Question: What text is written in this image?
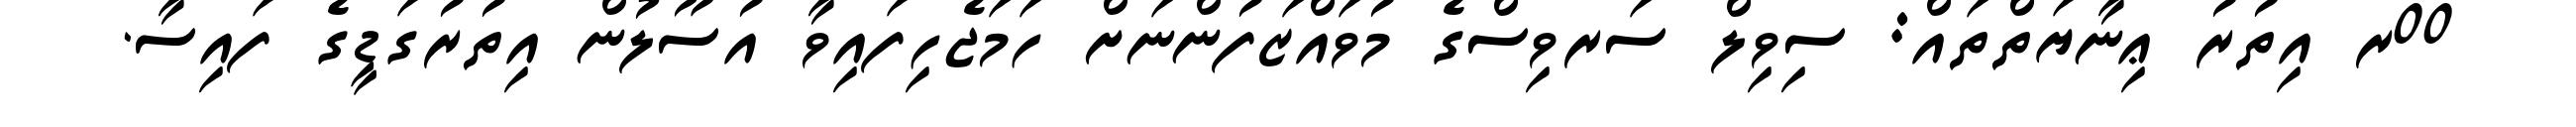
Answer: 00ރ އިތުރު ޢިނާޔަތްތައް: ސިވިލް ސަރވިސްގެ މުވައްޒަފުންނަށް ހަމަޖެހިފައިވާ އުސޫލުން އިތުރުގަޑީގެ ފައިސާ.